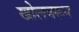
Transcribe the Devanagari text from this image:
खोलवरून